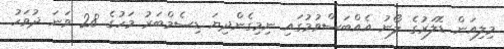
މިލިއަން ޑޮލަރުގެ ލޯނު އެއްބަސްވުމުގައި ނިމިގެންދިޔަ ޑިސެމްބަރު މަހުގެ 28 ވަނަ ދުވަހު